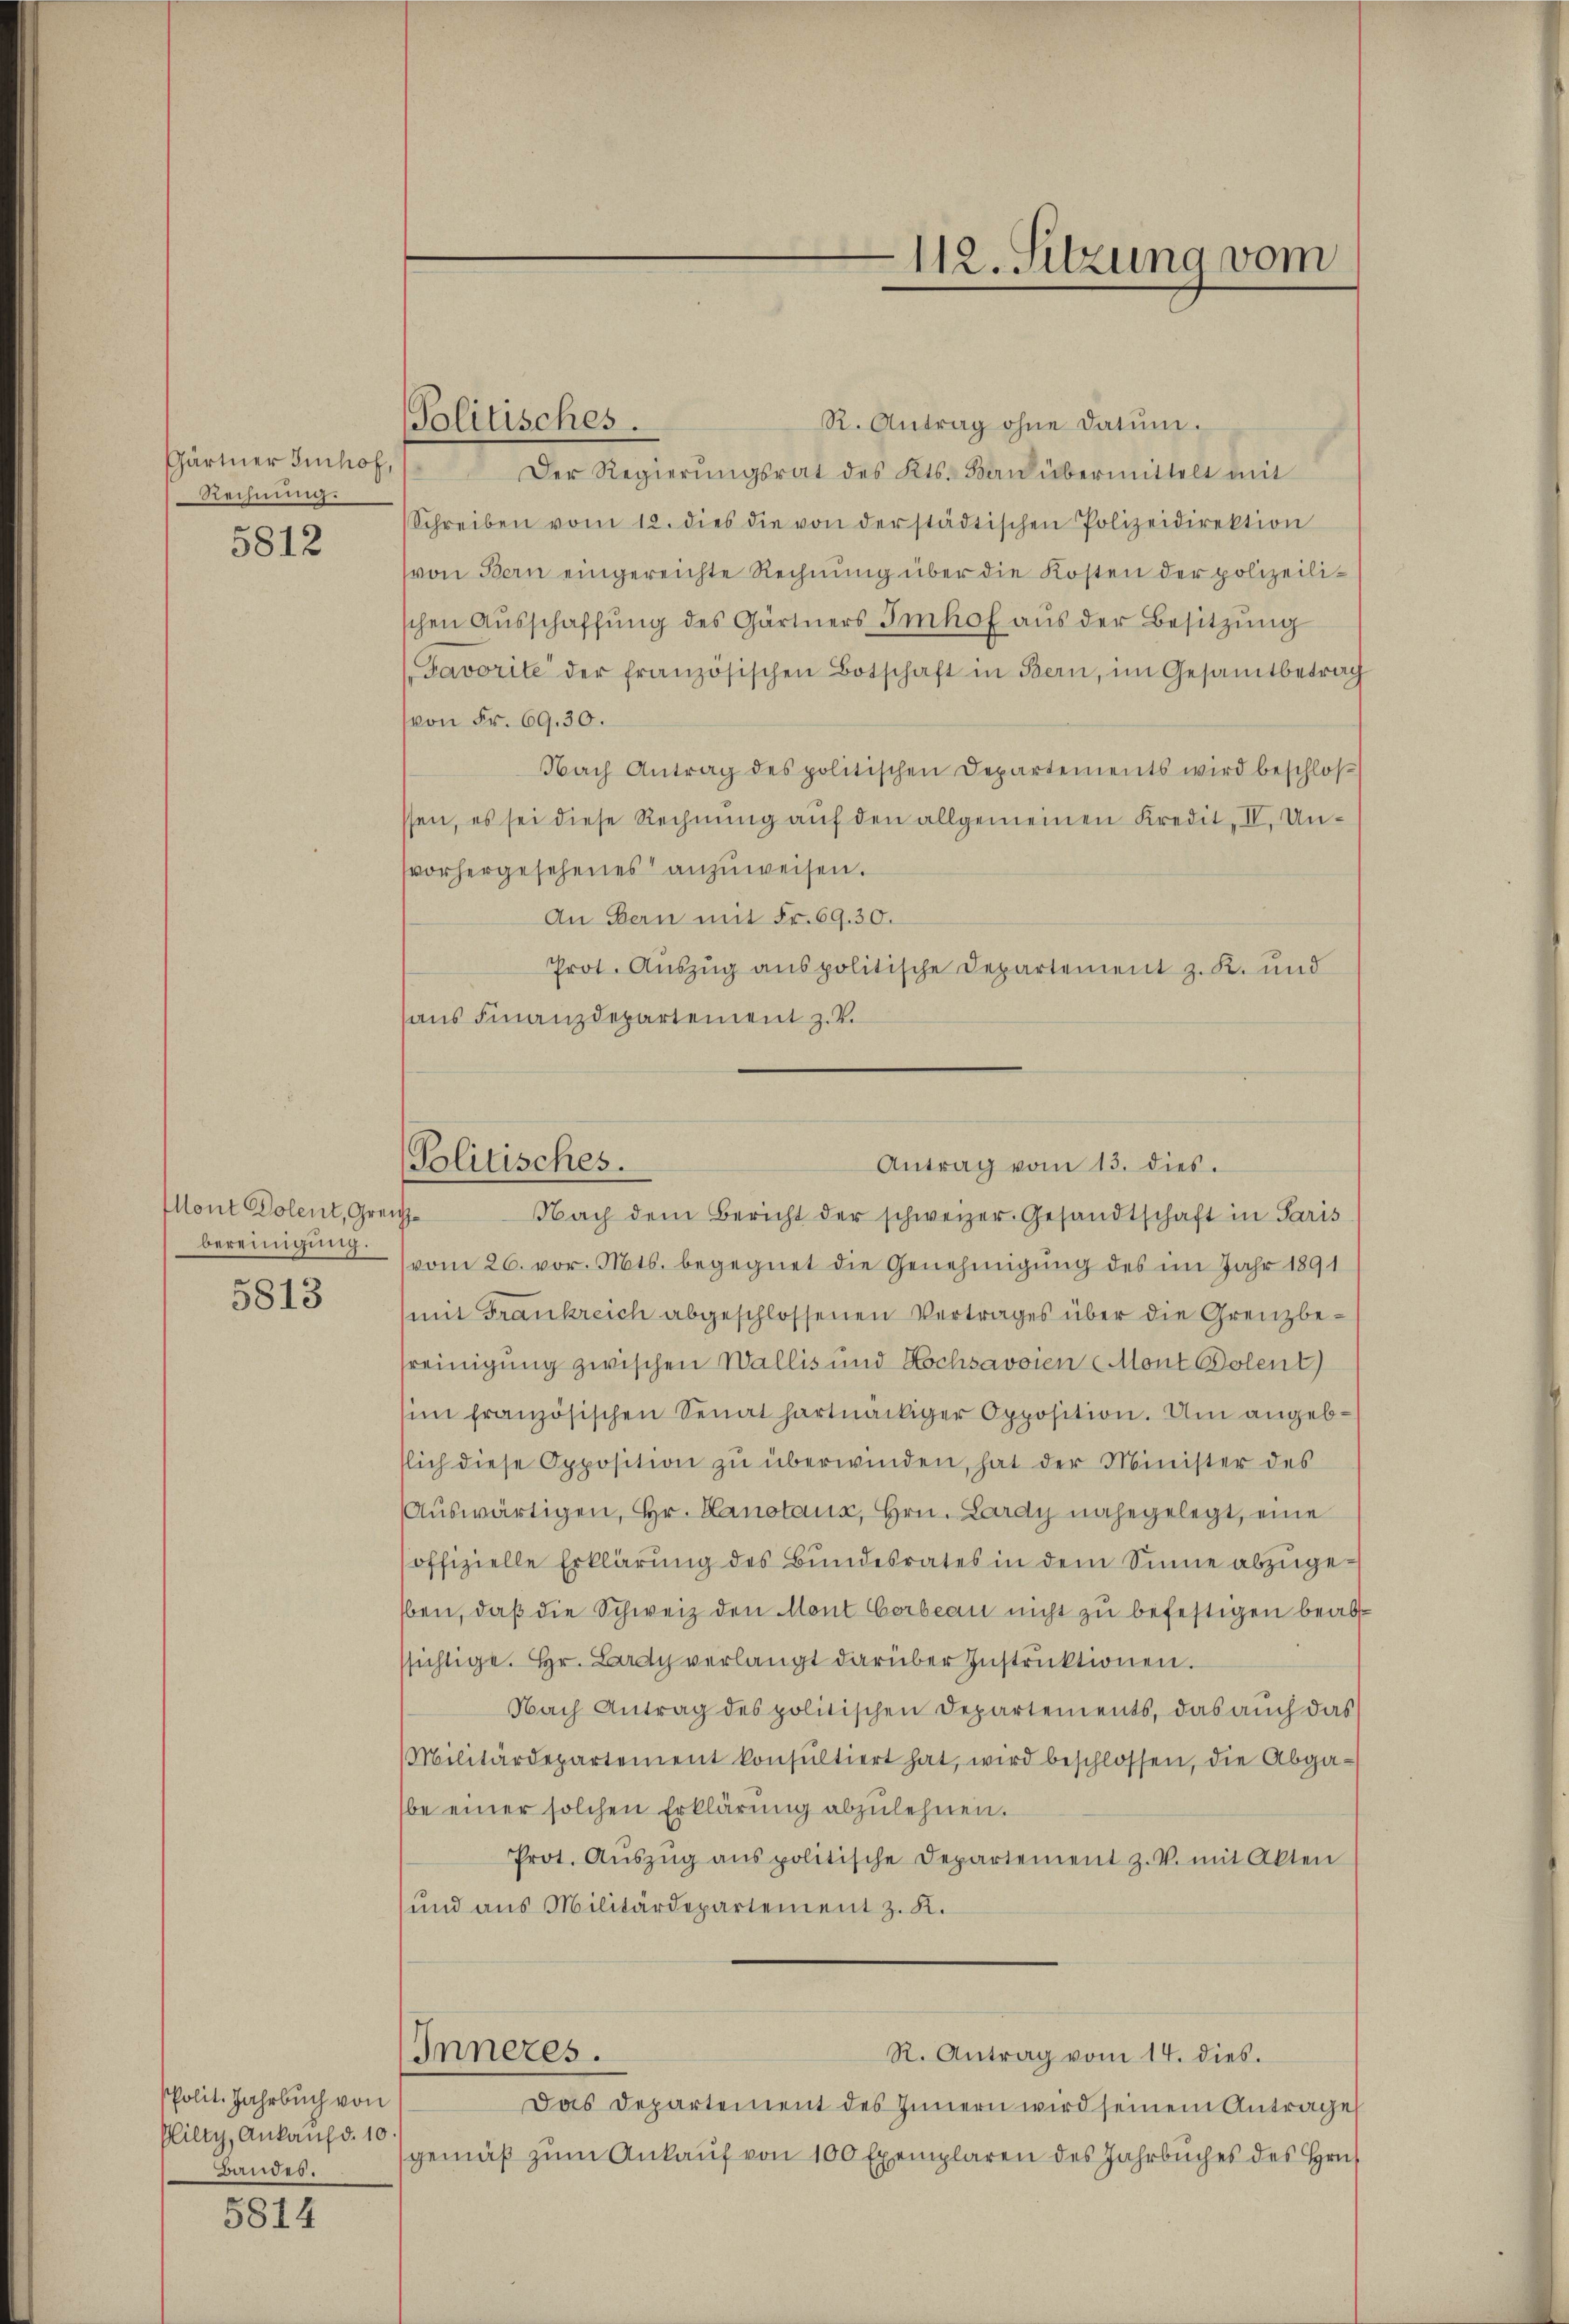
Gärtner Imhof,
Rechnung.
5812

Mont Dolent, Greize
bereinigung.

5813

PPolit. Jahrbuch von
Plilty, Ankauf d. 10
Bandes.

5814

Politisches.

112. Sitzung vom

R. Antrag ohne Datum.
Der Regierŭngsrat des Kts. Bau übermittelt mit
Schreiben vom 12. dies die von der städtischen Polizeidirektion
(von Bern eingereichte Rechnŭng über die Kosten der polizeilischen Aŭsschaffŭng des Gärtners Imhof aŭs der Besitzŭng
(Favorite der französischen Botschaft in Bern, im Gesamtbetrag
von Fr. 69. 30.
Nach Antrag des politischen Departements wird beschlos
ssen, es sei diese Rechnŭng aŭf den allgemeinen Kredit, IV. Unvorhergesehenes anzuweisen.
An Bern mit Fr. 69. 30.
Prot. Auszug aus politische Departement z. K. und
haus Finanzdepartement z. B.
Nach dem Bericht der schweizer. Gesandtschaft in Paris
vom 26. vor. Mts. begegnet die Genehmigung des im Jahr 1891
(mit Frankreich abgeschlossenen Vertrages über die Grenzbefreinigung zwischen Wallis und Hochsavoien Mont Polent)
sim französischen Senat hartnäckiger Opposition. Um angebslich diese Opposition zŭ überwinden, hat der Minister des
Auswärtigen, Hr. Hanstaus, Hrn. Lardy nahegelegt, eine
offizielle Erklärŭng des Bŭndesrates in dem Sinne abzŭge-
ben, daß die Schweiz den Mont Corbeau nicht zu befestigen beabsichtige. Hr. Lardy verlangt darüber Instruktionen.
Nach Antrag des politischen Departements, das auch das
Militärdepartement konsultiert hat, wird beschlossen, die Abgabe einer solchen Erklärung abzulehnen.
Prot. Aŭszŭg anspolitische Departement z. V. mit Akten
und aus Militärdepartement z. K.
Inneres.
R. Antrag vom 14. dies.
Das Departement des Innern wird seinem Antrage
gemäß zum Ankauf von 100 Exemplaren des Jahrbuches des Hrn.

Politisches.
Antrag vom 13. dies